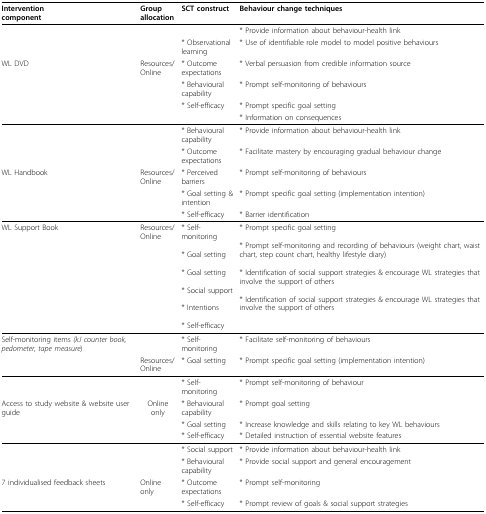
<table><thead><tr><td><b>Interventioncomponent</b></td><td><b>Groupallocation</b></td><td><b>SCT construct</b></td><td><b>Behaviour change techniques</b></td></tr></thead><tbody><tr><td></td><td></td><td></td><td>* Provide information about behaviour-health link</td></tr><tr><td></td><td></td><td>* Observational learning</td><td>* Use of identifiable role model to model positive behaviours</td></tr><tr><td>WL DVD</td><td>Resources/Online</td><td>* Outcome expectations</td><td>* Verbal persuasion from credible information source</td></tr><tr><td></td><td></td><td>* Behavioural capability</td><td>* Prompt self-monitoring of behaviours</td></tr><tr><td></td><td></td><td>* Self-efficacy</td><td>* Prompt specific goal setting</td></tr><tr><td></td><td></td><td></td><td>* Information on consequences</td></tr><tr><td></td><td></td><td>* Behavioural capability</td><td>* Provide information about behaviour-health link</td></tr><tr><td></td><td></td><td>* Outcome expectations</td><td>* Facilitate mastery by encouraging gradual behaviour change</td></tr><tr><td>WL Handbook</td><td>Resources/Online</td><td>* Perceived barriers</td><td>* Prompt self-monitoring of behaviours</td></tr><tr><td></td><td></td><td>* Goal setting &amp; intention</td><td>* Prompt specific goal setting (implementation intention)</td></tr><tr><td></td><td></td><td>* Self-efficacy</td><td>* Barrier identification</td></tr><tr><td>WL Support Book</td><td>Resources/Online</td><td>* Self-monitoring* Goal setting* Goal setting* Social support* Intentions* Self-efficacy</td><td>* Prompt specific goal setting* Prompt self-monitoring and recording of behaviours (weight chart, waist chart, step count chart, healthy lifestyle diary)* Identification of social support strategies &amp; encourage WL strategies that involve the support of others* Identification of social support strategies &amp; encourage WL strategies that involve the support of others</td></tr><tr><td>Self-monitoring items <i>(kJ counter book, pedometer, tape measure</i>)</td><td></td><td>* Self-monitoring</td><td>* Facilitate self-monitoring of behaviours</td></tr><tr><td></td><td>Resources/Online</td><td>* Goal setting</td><td>* Prompt specific goal setting (implementation intention)</td></tr><tr><td></td><td></td><td>* Self-monitoring</td><td>* Prompt self-monitoring of behaviour</td></tr><tr><td>Access to study website &amp; website user guide</td><td>Online only</td><td>* Behavioural capability</td><td>* Prompt goal setting</td></tr><tr><td></td><td></td><td>* Goal setting</td><td>* Increase knowledge and skills relating to key WL behaviours</td></tr><tr><td></td><td></td><td>* Self-efficacy</td><td>* Detailed instruction of essential website features</td></tr><tr><td></td><td></td><td>* Social support</td><td>* Provide information about behaviour-health link</td></tr><tr><td></td><td></td><td>* Behavioural capability</td><td>* Provide social support and general encouragement</td></tr><tr><td>7 individualised feedback sheets</td><td>Online only</td><td>* Outcome expectations</td><td>* Prompt self-monitoring</td></tr><tr><td></td><td></td><td>* Self-efficacy</td><td>* Prompt review of goals &amp; social support strategies</td></tr></tbody></table>